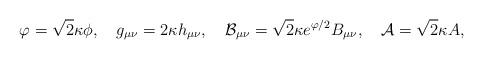
LaTeX: \begin{align*}\varphi=\sqrt{2}\kappa\phi,\ \ \ g_{\mu\nu}=2\kappa h_{\mu\nu},\ \ \ {\cal B}_{\mu\nu}=\sqrt{2}\kappa e^{\varphi/2}B_{\mu\nu},\ \ \ {\cal A}=\sqrt{2}\kappa A,\end{align*}